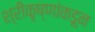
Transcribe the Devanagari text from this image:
श्रीकृष्णांकडून